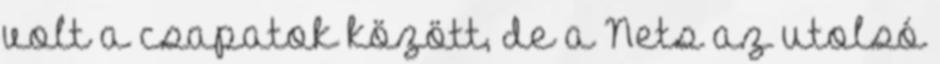
volt a csapatok között, de a Nets az utolsó